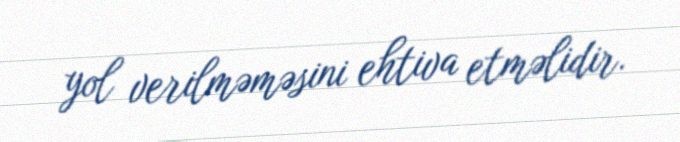
yol verilməməsini ehtiva etməlidir.